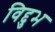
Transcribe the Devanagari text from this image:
विद्दुभ